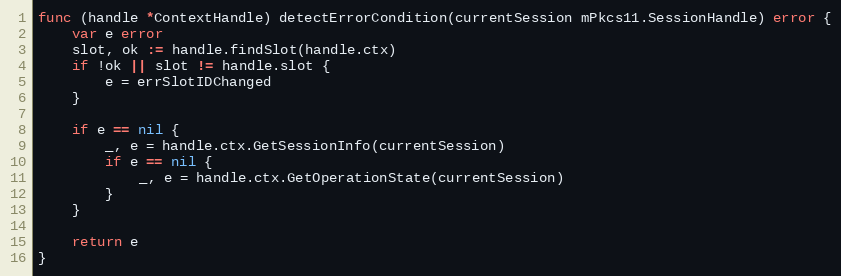
Language: Go
func (handle *ContextHandle) detectErrorCondition(currentSession mPkcs11.SessionHandle) error {
	var e error
	slot, ok := handle.findSlot(handle.ctx)
	if !ok || slot != handle.slot {
		e = errSlotIDChanged
	}

	if e == nil {
		_, e = handle.ctx.GetSessionInfo(currentSession)
		if e == nil {
			_, e = handle.ctx.GetOperationState(currentSession)
		}
	}

	return e
}